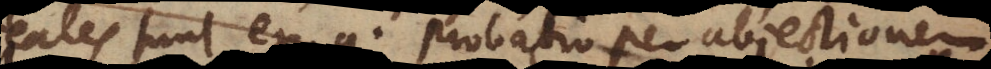
reales sunt, ex. g. probatio per abjectionem